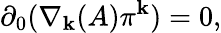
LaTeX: \partial_{0}(\nabla_{\mathbf{k}}(A)\pi^{\mathbf{k}})=0,